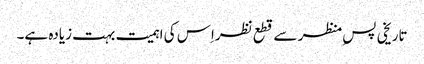
تاریخی پس ِمنظر سے قطع نظراِس کی اہمیت بہت زیادہ ہے۔